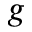
g